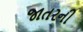
જાતરની